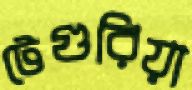
টেগুরিয়া